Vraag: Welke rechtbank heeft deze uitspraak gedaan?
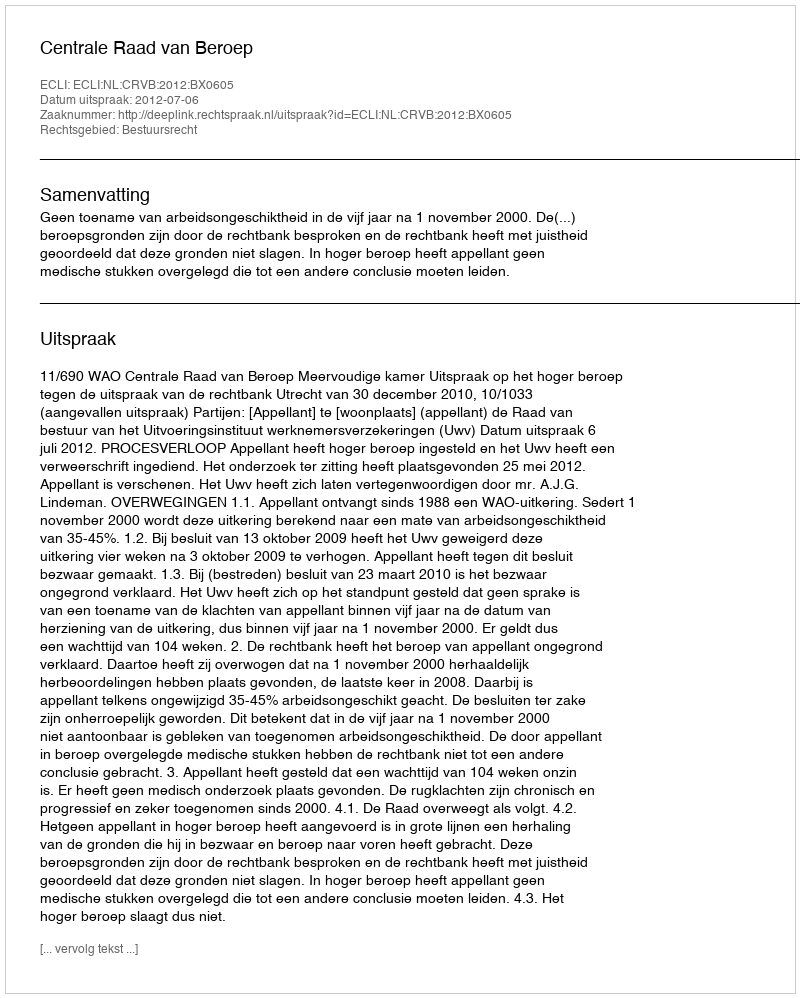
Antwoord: Centrale Raad van Beroep